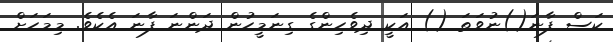
ކަސް ފާނަ()ނުވަތަ () އަކީ ދިވެހިންގެ ގިނަމީހުން ދަންނަ ފާނަ އެކެވެ. މިމަހަށް